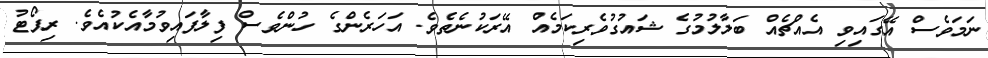
ނަމަވެސް އޭގައިވި އެއްޗެއް ބަލާލުމުގެ ޝައުގުވެރިކަމެއް އޭރަކުނެތެވެ. އަހަރެންގެ ހުންވެސް ފިލާފައިވުމާއެކުއެވެ. ރިޕޯޓު